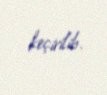
keçirilib.